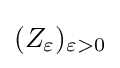
(Z_{\varepsilon })_{\varepsilon >0}